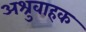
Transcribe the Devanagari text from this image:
अश्रुवाहक